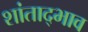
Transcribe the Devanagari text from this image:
शांताद्भाव